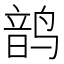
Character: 𬸝